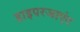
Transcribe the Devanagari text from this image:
हाइपरजाएंट